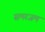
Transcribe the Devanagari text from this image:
समरजम